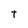
Character: T